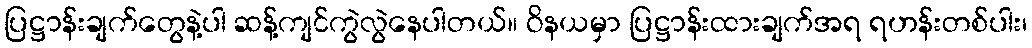
ပြဋ္ဌာန်းချက်တွေနဲ့ပါ ဆန့်ကျင်ကွဲလွဲနေပါတယ်။ ဝိနယမှာ ပြဋ္ဌာန်းထားချက်အရ ရဟန်းတစ်ပါး၊